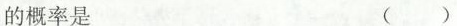
的概率是 ()